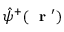
\hat { \psi } ^ { + } ( \mathrm { ~ \bf ~ r ~ } ^ { \prime } )